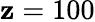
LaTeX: \mathbf{z}=100